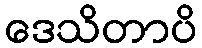
ဒေသိတာပိ